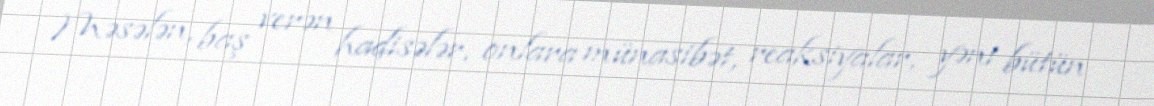
Məsələn, baş verən hadisələr, onlara münasibət, reaksiyalar, yəni bütün